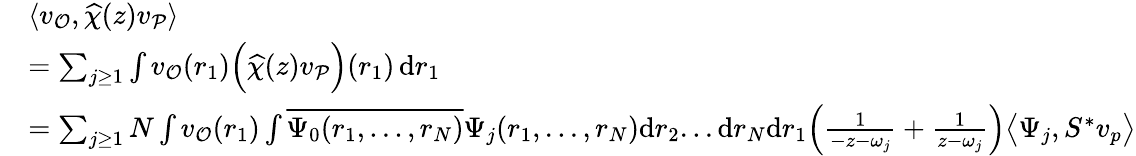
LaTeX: \begin{array}{rl}&{\langle v_{\mathcal{O}},\widehat{\chi}(z)v_{\mathcal{P}}\rangle}\\ &{=\sum_{j\ge 1}\int v_{\mathcal{O}}(r_{1})\Bigl(\widehat{\chi}(z)v_{\mathcal{P}}\Bigr)(r_{1})\, \mathrm{d}r_{1}}\\ &{=\sum_{j\ge 1}N\int v_{\mathcal{O}}(r_{1})\int\overline{{\Psi_{0}(r_{1},...,r_{N})}}\Psi_{j}(r_{1},...,r_{N})\mathrm{d}r_{2}...\mathrm{d}r_{N}\mathrm{d}r_{1}\Bigl(\frac{1}{-z-\omega_{j}}+\frac{1}{z-\omega_{j}}\Bigr)\bigl\langle\Psi_{j},S^{*}v_{p}\bigr\rangle}\end{array}